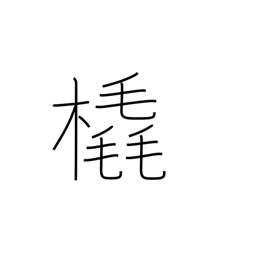
Meaning: sleigh